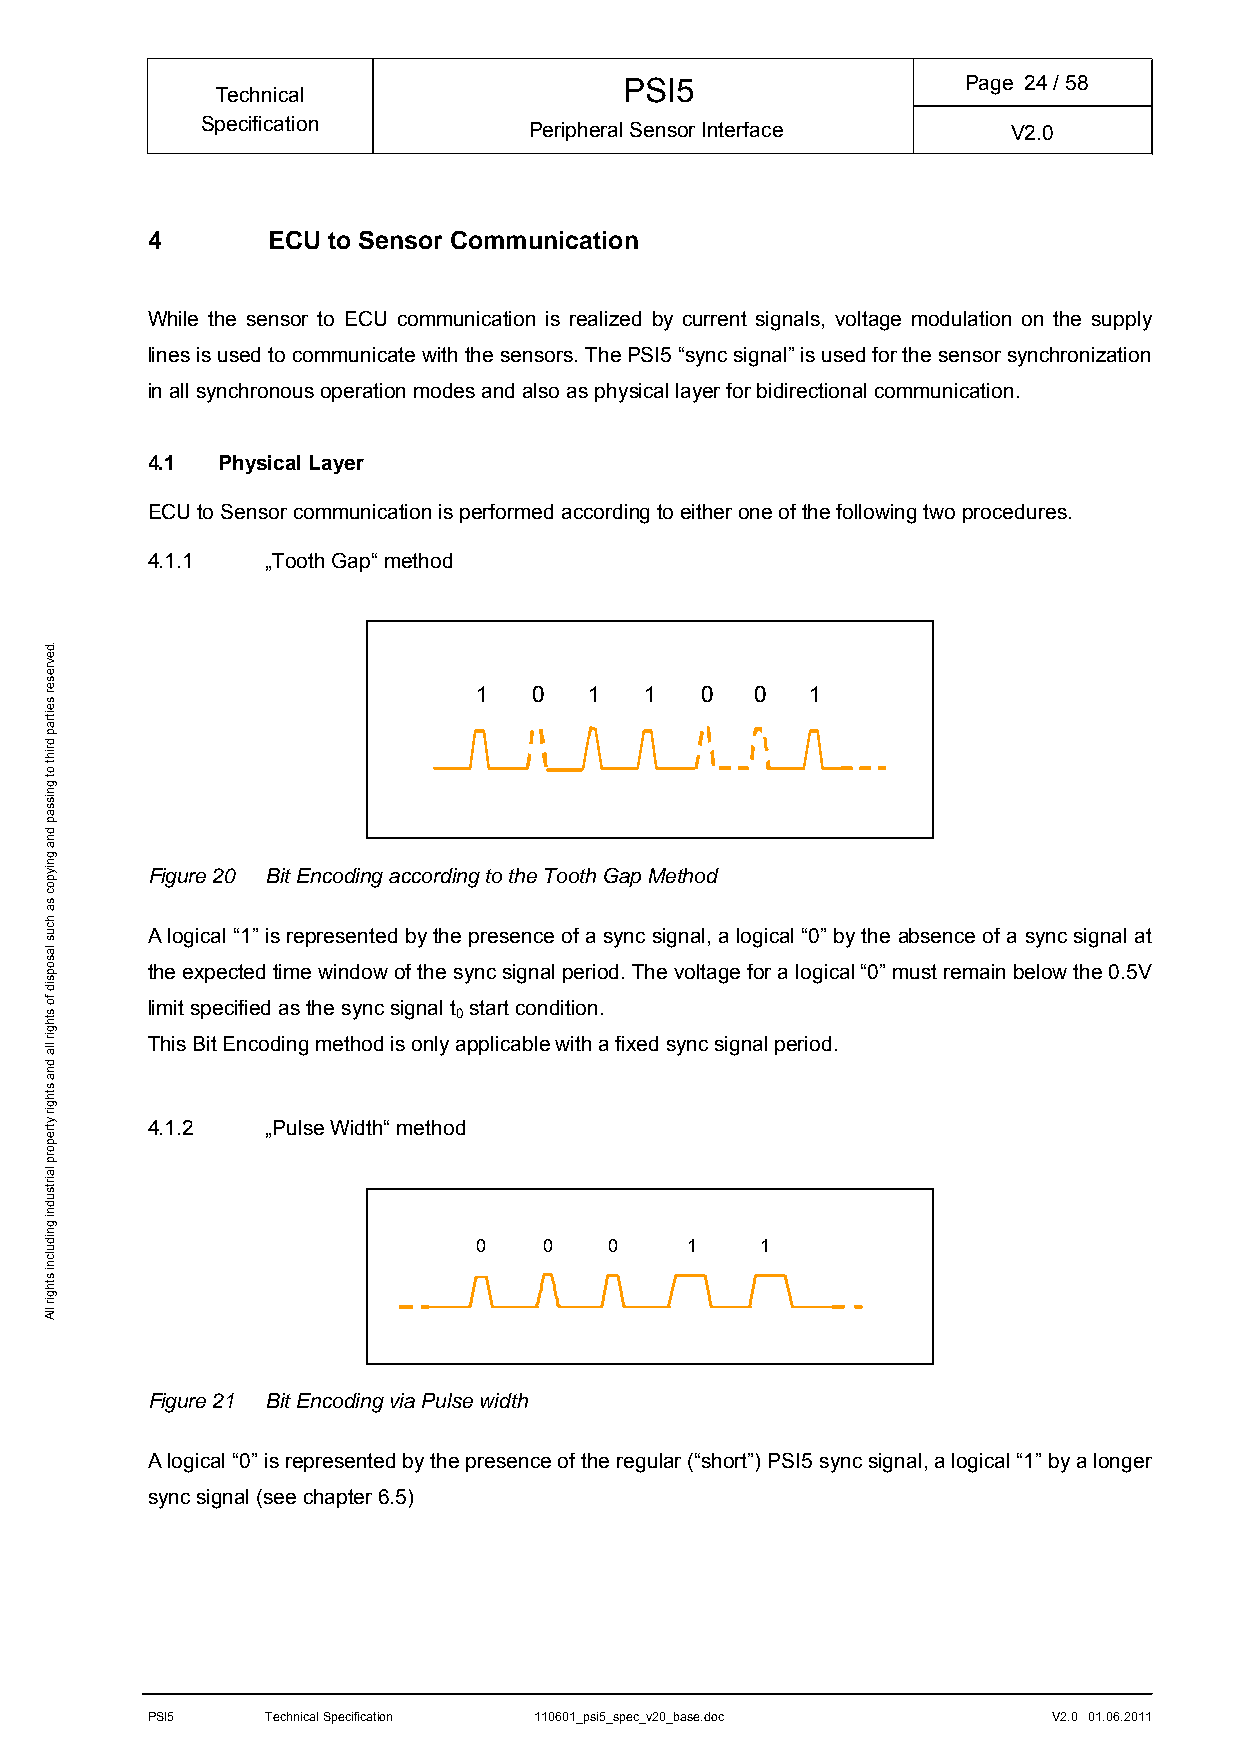
PSI5                   Page 24/ 58
 Technical
 Specification         Peripheral Sensor Interface     V2.0
 4       ECU to Sensor Communication
 While the sensor to ECU communication is realized by current signals, voltage modulation on the supply
 lines is used to communicate with the sensors. The PSI5 “sync signal” is used for the sensor synchronization
 in all synchronous operation modes and also as physical layer for bidirectional communication.
 4.1 Physical Layer
 ECU to Sensor communication is performed according to either one of the following two procedures.
 4.1.1   „Tooth Gap“ method
 1  0   1   1  0   0   1
 Figure 20 Bit Encoding according to the Tooth Gap Method
 A logical “1” is represented by the presence of a sync signal, a logical “0” by the absence of a sync signal at
 the expected time window of the sync signal period. The voltage for a logical “0” must remain below the 0.5V
 limit specified as the sync signal t start condition.
 0
 This Bit Encoding method is only applicable with a fixed sync signal period.
 4.1.2   „Pulse Width“ method
 0   0   0     1   1
 Figure 21 Bit Encoding via Pulse width
 A logical “0” is represented by the presence of the regular (“short”) PSI5 sync signal, a logical “1” by a longer
 sync signal (see chapter 6.5)
 PSI5    Technical Specification 110601_psi5_spec_v20_base.doc V2.0 01.06.2011
 .devreser
 seitrap
 driht
 ot
 gnissap
 dna
 gniypoc
 sa
 hcus
 lasopsid
 fo
 sthgir
 lla
 dna
 sthgir
 ytreporp
 lairtsudni
 gnidulcni
 sthgir
 llA